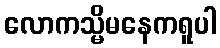
လောကသ္မိမနေကရူပါ